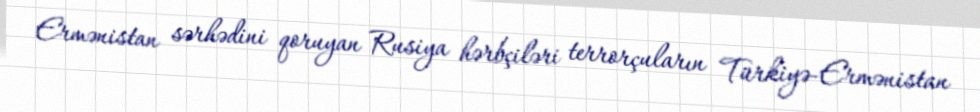
Ermənistan sərhədini qoruyan Rusiya hərbçiləri terrorçuların Türkiyə-Ermənistan